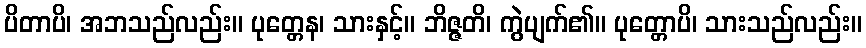
ပိတာပိ၊ အဘသည်လည်း။ ပုတ္တေန၊ သားနှင့်။ ဘိဇ္ဇတိ၊ ကွဲပျက်၏။ ပုတ္တောပိ၊ သားသည်လည်း။